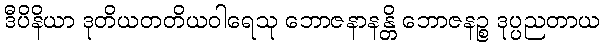
ဒီပိနိယာ ဒုတိယတတိယဝါရေသု ဘောဇနာနန္တိ ဘောဇနဉ္စ ဒုပ္ပညတာယ